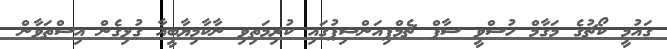
ގައުމީ ކޯޗުގެ މަގާމް ހުސްވީ ސާފް ޗެމްޕިއަންޝިޕުގައި ކުރިމަތިވި ނާކާމިޔާބީއާ ގުޅިގެން އިސްތަވާން